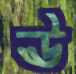
ঊ